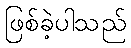
ဖြစ်ခဲ့ပါသည်